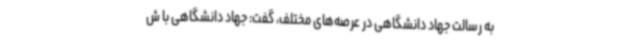
به رسالت جهاد دانشگاهی در عرصه‌های مختلف، گفت: جهاد دانشگاهی با ش